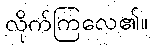
လိုက်ကြလေ၏။